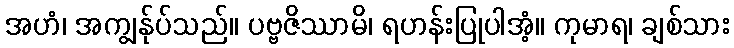
အဟံ၊ အကျွန်ုပ်သည်။ ပဗ္ဗဇိဿာမိ၊ ရဟန်းပြုပါအံ့။ ကုမာရ၊ ချစ်သား